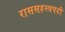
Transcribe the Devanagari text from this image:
राससहस्त्रपदी